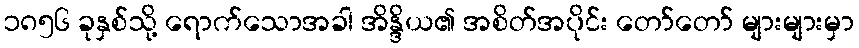
၁၈၅၆ ခုနှစ်သို့ ရောက်သောအခါ အိန္ဒိယ၏ အစိတ်အပိုင်း တော်တော် များများမှာ